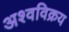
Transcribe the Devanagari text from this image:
अश्वविक्रय